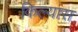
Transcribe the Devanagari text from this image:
किल्यास